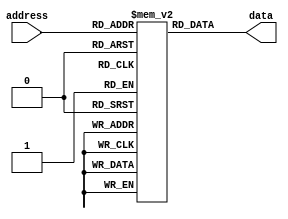
module rom (
    input wire [7:0] address,
    output reg [7:0] data
);

reg [7:0] rom_data [0:255];

initial begin
    // Initialize ROM data values
    rom_data[0] = 8'hFF;
    rom_data[1] = 8'hC0;
    // Add more data values as needed
    // ...
end

always @(*) begin
    data = rom_data[address];
end

endmodule